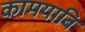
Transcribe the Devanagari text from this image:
कामयाबि